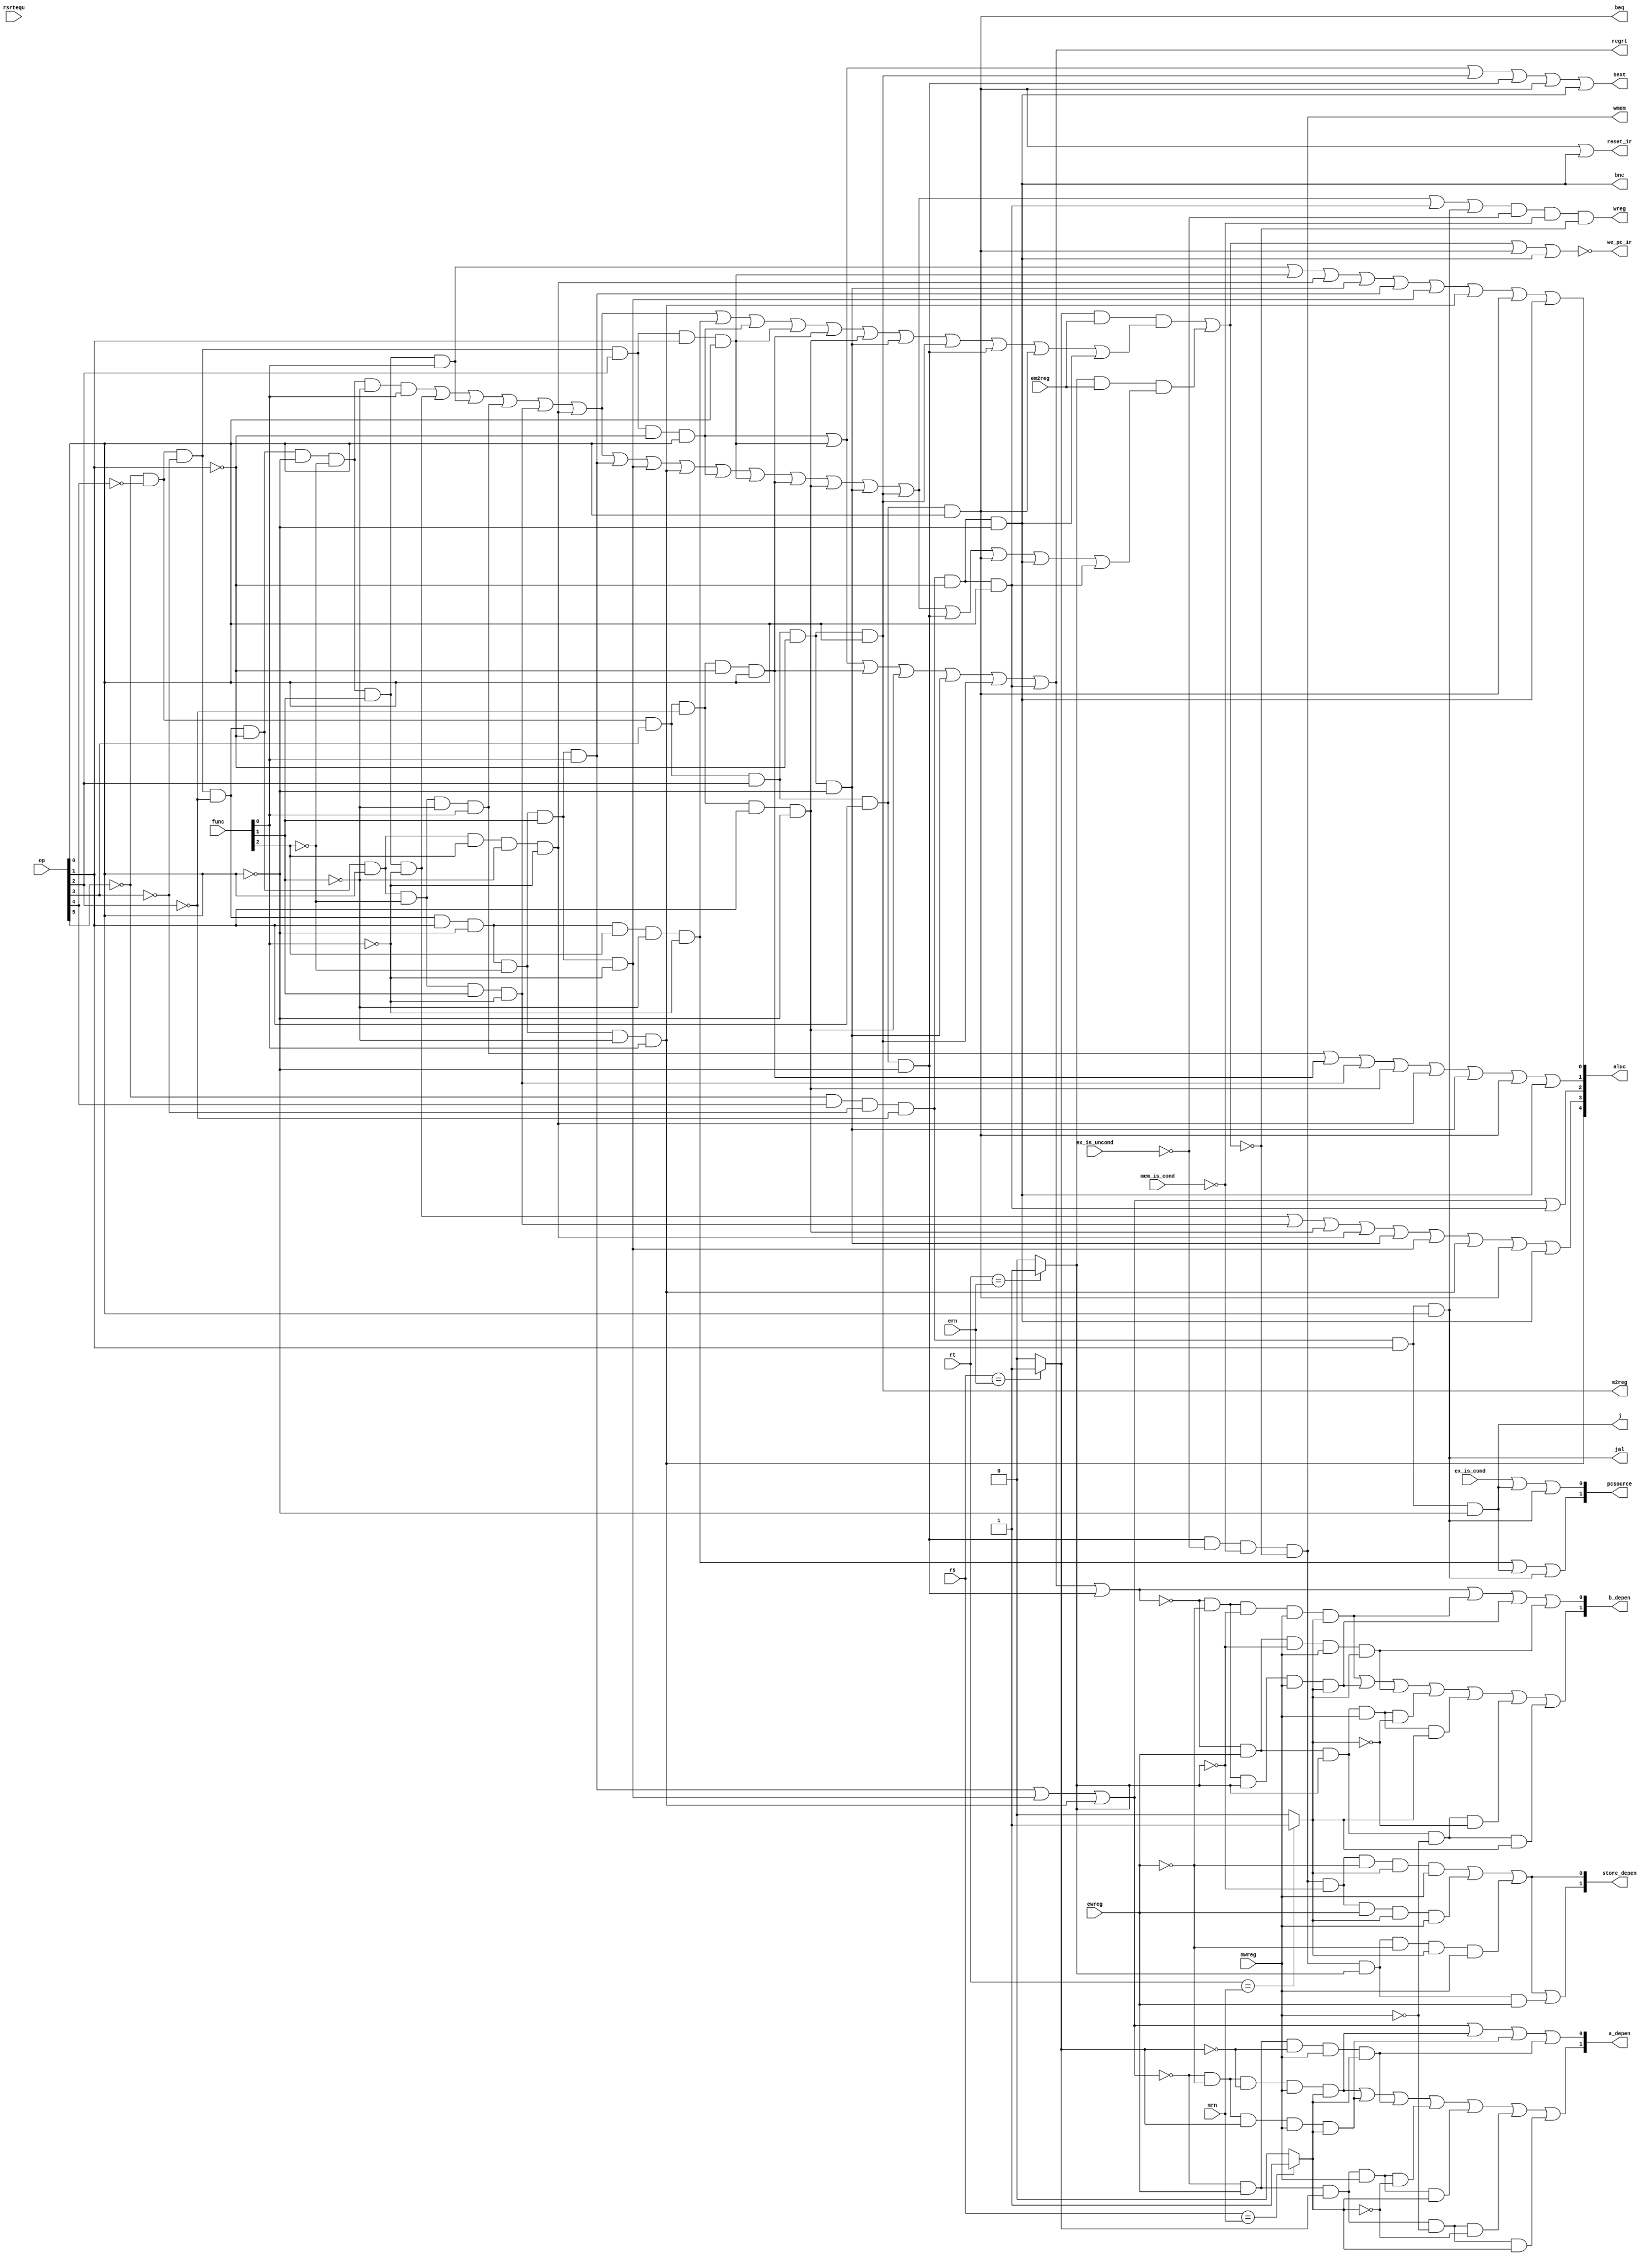
`timescale 1ns / 1ps
//////////////////////////////////////////////////////////////////////////////////
// Company: 
// Engineer: 
// 
// Design Name: 
// Module Name:    pipeidcu 
// Project Name: 
// Target Devices: 
// Tool versions: 
// Description: 
//
// Dependencies: 
//
// Revision: 
// Revision 0.01 - File Created
// Additional Comments: 
//
//////////////////////////////////////////////////////////////////////////////////
module pipeidcu(rsrtequ,func,
	             op,wreg,m2reg,wmem,aluc,regrt,
					 sext,pcsource,jal,
					 em2reg,ern,we_pc_ir,rs,rt, //load  
					 mrn,ewreg,mwreg,a_depen,b_depen, //
					 j,beq,bne, // 
					 ex_is_uncond, ex_is_cond, mem_is_cond, //
					 store_depen, //store 
					 reset_ir
    );
	 input rsrtequ; 
	 input [5:0] func,op;
	 input em2reg; //load 
	 input [4:0] ern,rs,rt; //load 
	 input [4:0] mrn;
	 input ewreg,mwreg;
	 input ex_is_uncond, ex_is_cond, mem_is_cond;
	 
	 
	 output wreg,m2reg,wmem,regrt,sext,jal;
	 output [4:0] aluc;
	 output [1:0] pcsource;
	 output we_pc_ir; //
	 output [1:0] a_depen,b_depen;
	 output j,beq,bne;
	 output [1:0] store_depen;
	 output reset_ir; //IR,beq bne
	 
	 wire load_depen;
	 wire aluimm,shift;
	 wire i_add,i_sub,i_mul,i_and,i_or,i_xor,i_sll,i_srl,i_sra,i_jr;            //
	 wire i_addi,i_muli,i_andi,i_ori,i_xori,i_lw,i_sw,i_beq,i_bne,i_lui,i_j,i_jal;
	 
	 wire rs_isreg,rt_isreg;//load 
	 
	 and(i_add,~op[5],~op[4],~op[3],~op[2],~op[1],~op[0],~func[2],~func[1],func[0]);
	 and(i_sub,~op[5],~op[4],~op[3],~op[2],~op[1],~op[0],~func[2],func[1],~func[0]);
	 and(i_mul,~op[5],~op[4],~op[3],~op[2],~op[1],~op[0],~func[2],func[1],func[0]);
	
	 
	 and(i_and,~op[5],~op[4],~op[3],~op[2],~op[1],op[0],~func[2],~func[1],func[0]);
	 and(i_or,~op[5],~op[4],~op[3],~op[2],~op[1],op[0],~func[2],func[1],~func[0]);
	
	 and(i_xor,~op[5],~op[4],~op[3],~op[2],~op[1],op[0],func[2],~func[1],~func[0]);
	 
	 and(i_sra,~op[5],~op[4],~op[3],~op[2],op[1],~op[0],~func[2],~func[1],func[0]);
	 and(i_srl,~op[5],~op[4],~op[3],~op[2],op[1],~op[0],~func[2],func[1],~func[0]);
	 and(i_sll,~op[5],~op[4],~op[3],~op[2],op[1],~op[0],~func[2],func[1],func[0]);
	 and(i_jr,~op[5],~op[4],~op[3],~op[2],op[1],~op[0],func[2],~func[1],~func[0]);
	 
	 and(i_addi,~op[5],~op[4],~op[3],op[2],~op[1],op[0]);
	
	 and(i_muli,~op[5],~op[4],~op[3],op[2],op[1],op[0]);
	 
	 
	 and(i_andi,~op[5],~op[4],op[3],~op[2],~op[1],op[0]);
	 and(i_ori,~op[5],~op[4],op[3],~op[2],op[1],~op[0]);

	 and(i_xori,~op[5],~op[4],op[3],op[2],~op[1],~op[0]);
	 
	 and(i_lw,~op[5],~op[4],op[3],op[2],~op[1],op[0]);
	 and(i_sw,~op[5],~op[4],op[3],op[2],op[1],~op[0]);
	 and(i_beq,~op[5],~op[4],op[3],op[2],op[1],op[0]);
	 and(i_bne,~op[5],op[4],~op[3],~op[2],~op[1],~op[0]);
	 and(i_lui,~op[5],op[4],~op[3],~op[2],~op[1],op[0]);
	 and(i_j,~op[5],op[4],~op[3],~op[2],op[1],~op[0]);
	 and(i_jal,~op[5],op[4],~op[3],~op[2],op[1],op[0]);
	
	 wire i_rs=i_add|i_sub|i_mul|i_and|i_or|i_xor|i_jr|i_addi|i_muli|           
	           i_andi|i_ori|i_xori|i_lw|i_sw|i_beq|i_bne;
	 wire i_rt=i_add|i_sub|i_mul|i_and|i_or|i_xor|i_sra|i_srl|i_sll|i_sw|i_beq|i_bne;
	 
    /////////////////////////////////////////////////////////////////////////////////////////////////////
    assign wreg=(i_add|i_sub|i_mul|i_and|i_or|i_xor|i_sll|           //wreg1
	              i_srl|i_sra|i_addi|i_muli|i_andi|i_ori|i_xori|
					  i_lw|i_lui|i_jal)&(~ex_is_uncond)&(~mem_is_cond)&(~load_depen);
	 assign regrt=i_addi|i_muli|i_andi|i_ori|i_xori|i_lw|i_lui;    //regrt1rtrd
	 assign jal=i_jal;                                           //1jal
	 assign m2reg=i_lw;  //1ALU
	 assign shift=i_sll|i_srl|i_sra;//1ALUa
	 assign aluimm=i_addi|i_muli|i_andi|i_ori|i_xori|i_lw|i_lui|i_sw;//1ALUb
	 assign sext=i_addi|i_muli|i_lw|i_sw|i_beq|i_bne;//1
	 assign aluc[4]=i_sra;//ALU
	 assign aluc[3]=i_sub|i_or|i_ori|i_xor|i_xori| i_srl|i_sra|i_beq|i_bne;//ALU
	 assign aluc[2]=i_sll|i_srl|i_sra|i_lui;//ALU
	 assign aluc[1]=i_and|i_andi|i_or|i_ori|i_xor|i_xori|i_beq|i_bne;//ALU
	 assign aluc[0]=i_mul|i_muli|i_xor|i_xori|i_sll|i_srl|i_sra|i_beq|i_bne;//ALU

	 assign wmem=i_sw&(~ex_is_uncond)&(~mem_is_cond)&(~load_depen);//1
	 assign pcsource[1]=i_jr|i_j|i_jal;//00PC+4,011011
	 //assign pcsource[0]=i_beq&rsrtequ|i_bne&~rsrtequ|i_j|i_jal; //
	 assign pcsource[0]=ex_is_cond|i_j|i_jal; 
	 
	 assign rs_isreg=i_add|i_sub|i_mul|i_and|i_or|i_xor|i_jr|i_addi|i_muli|i_andi|i_ori|i_xori|i_lw|i_sw|i_beq|i_bne;
	 assign rt_isreg=i_add|i_sub|i_mul|i_and|i_or|i_xor|i_sll|i_srl|i_sra|i_addi|i_muli|i_andi|i_ori|i_xori|i_lw|i_sw|i_beq|i_bne|i_lui;
	 //load
	 wire rs_equ,rt_equ;
	 assign rs_equ = (rs == ern)?1'b1:1'b0;
	 assign rt_equ = (rt == ern)?1'b1:1'b0;
	 wire exe_a_depen,exe_b_depen;
	 and(exe_a_depen,rs_equ,em2reg,rs_isreg);
	 and(exe_b_depen,rt_equ,em2reg,rt_isreg);

	 or(load_depen,exe_a_depen,exe_b_depen);
	 //load,
	 assign we_pc_ir = ~(load_depen|i_beq|i_bne);
	 assign reset_ir = (i_beq|i_bne);
	 
	 //EXMEM
	 wire rs_exe_equ,rt_exe_equ,rs_mem_equ,rt_mem_equ;
	 assign rs_exe_equ = (rs == ern)?1'b1:1'b0;
	 assign rt_exe_equ = (rt == ern)?1'b1:1'b0;
	 assign rs_mem_equ = (rs == mrn)?1'b1:1'b0;
	 assign rt_mem_equ = (rt == mrn)?1'b1:1'b0;
    //A
    assign a_depen[0] = shift|(~shift && ~ewreg && ~rs_exe_equ && mwreg && rs_mem_equ)|
	                     (~shift && ~ewreg && rs_exe_equ && mwreg && rs_mem_equ)|
								(~shift && ewreg && ~rs_exe_equ && mwreg && rs_mem_equ);

	 assign a_depen[1] = (~shift && ~ewreg && ~rs_exe_equ && mwreg && rs_mem_equ)|
	                     (~shift && ~ewreg && rs_exe_equ && mwreg && rs_mem_equ)|
								(~shift && ewreg && ~rs_exe_equ && mwreg && rs_mem_equ)|
								(~shift && ewreg && rs_exe_equ && mwreg && ~rs_mem_equ)|
								(~shift && ewreg && rs_exe_equ && mwreg && rs_mem_equ)|
								(~shift && ewreg && rs_exe_equ && ~mwreg && ~rs_mem_equ)|
								(~shift && ewreg && rs_exe_equ && ~mwreg && rs_mem_equ);
    //B					
    assign b_depen[0] = aluimm|(~aluimm && ~ewreg && ~rt_exe_equ && mwreg && rt_mem_equ)|
	                     (~aluimm && ~ewreg && rt_exe_equ && mwreg && rt_mem_equ)|
								(~aluimm && ewreg && ~rt_exe_equ && mwreg && rt_mem_equ);

	 assign b_depen[1] = (~aluimm && ~ewreg && ~rt_exe_equ && mwreg && rt_mem_equ)|
	                     (~aluimm && ~ewreg && rt_exe_equ && mwreg && rt_mem_equ)|
								(~aluimm && ewreg && ~rt_exe_equ && mwreg && rt_mem_equ)|
								(~aluimm && ewreg && rt_exe_equ && mwreg && ~rt_mem_equ)|
								(~aluimm && ewreg && rt_exe_equ && mwreg && rt_mem_equ)|
								(~aluimm && ewreg && rt_exe_equ && ~mwreg && ~rt_mem_equ)|
								(~aluimm && ewreg && rt_exe_equ && ~mwreg && rt_mem_equ);
	
	assign j = i_j;
	assign beq = i_beq;
	assign bne = i_bne;
	
	//store  
	assign store_depen[0] = (wmem && ~rt_exe_equ && ~ewreg && rt_mem_equ && mwreg)|
	                        (wmem && ~rt_exe_equ && ewreg && rt_mem_equ && mwreg)|
									(wmem && rt_exe_equ && ~ewreg && rt_mem_equ && mwreg);
   assign store_depen[1] = (wmem && ~rt_exe_equ && ~ewreg && rt_mem_equ && mwreg)|
	                        (wmem && ~rt_exe_equ && ewreg && rt_mem_equ && mwreg)|
									(wmem && rt_exe_equ && ~ewreg && rt_mem_equ && mwreg)|
									(wmem && rt_exe_equ && ewreg);
endmodule